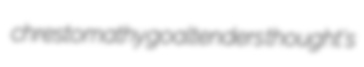
chrestomathy goaltenders thought's